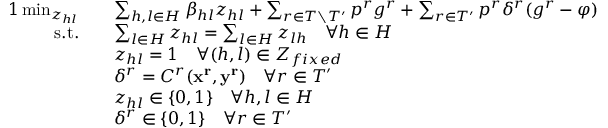
\begin{array} { r l } { { 1 } \operatorname* { m i n } _ { z _ { h l } } \quad } & { \sum _ { h , l \in H } \beta _ { h l } z _ { h l } + \sum _ { r \in T \setminus T ^ { \prime } } p ^ { r } g ^ { r } + \sum _ { r \in T ^ { \prime } } p ^ { r } \delta ^ { r } ( g ^ { r } - \varphi ) } \\ { \mathrm { s . t . } \quad } & { \sum _ { l \in H } z _ { h l } = \sum _ { l \in H } z _ { l h } \quad \forall h \in H } \\ & { z _ { h l } = 1 \quad \forall ( h , l ) \in Z _ { f i x e d } } \\ & { \delta ^ { r } = { \cal C } ^ { r } ( \mathbf { x ^ { r } } , \mathbf { y ^ { r } } ) \quad \forall r \in T ^ { \prime } } \\ & { z _ { h l } \in \{ 0 , 1 \} \quad \forall h , l \in H } \\ & { \delta ^ { r } \in \{ 0 , 1 \} \quad \forall r \in T ^ { \prime } } \end{array}